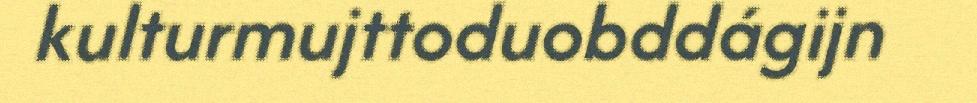
kulturmujttoduobddágijn